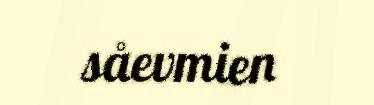
såevmien